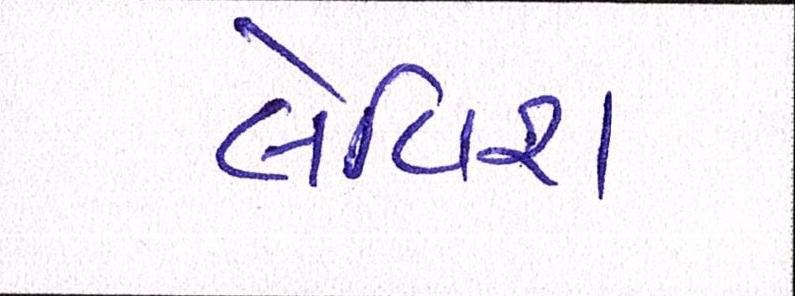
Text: લેવિશ